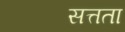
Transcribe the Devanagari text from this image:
सत्तता